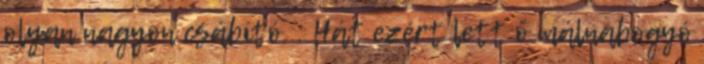
olyan nagyon csábító. : Hát ezért lett ő málnabogyó